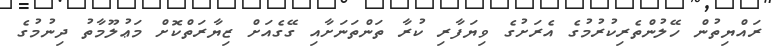
ރައްޔިތުން ހޭލުންތެރިކުރުމުގެ އެރަށުގެ ވިޔަފާރި ކުރާ ތަންތަނަށާއި ގޭގެއަށް ޒިޔާރަތްކޮށް މަޢުލޫމާތު ދިނުމުގެ